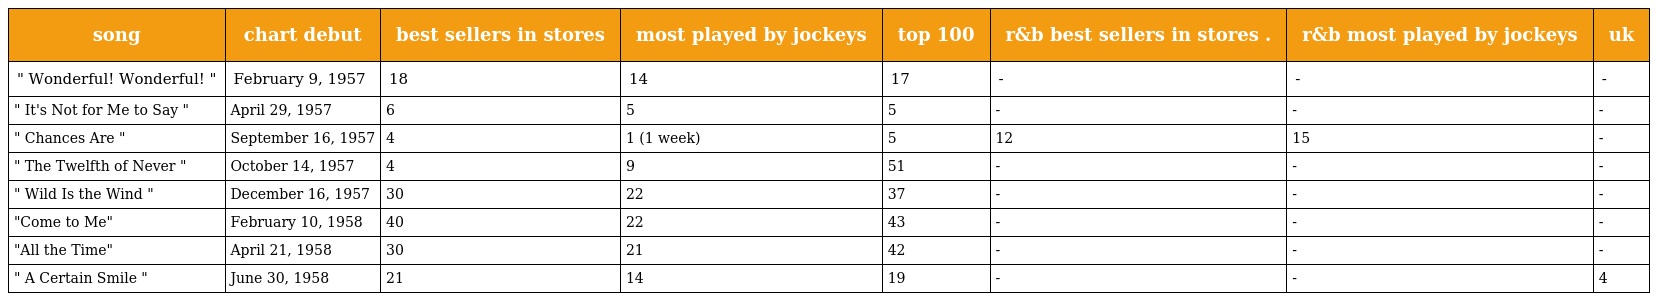
| song | chart debut | best sellers in stores | most played by jockeys | top 100 | r&b best sellers in stores . | r&b most played by jockeys | uk |
 | --- | --- | --- | --- | --- | --- | --- | --- |
 | " Wonderful! Wonderful! " | February 9, 1957 | 18 | 14 | 17 | - | - | - |
 | " It's Not for Me to Say " | April 29, 1957 | 6 | 5 | 5 | - | - | - |
 | " Chances Are " | September 16, 1957 | 4 | 1 (1 week) | 5 | 12 | 15 | - |
 | " The Twelfth of Never " | October 14, 1957 | 4 | 9 | 51 | - | - | - |
 | " Wild Is the Wind " | December 16, 1957 | 30 | 22 | 37 | - | - | - |
 | "Come to Me" | February 10, 1958 | 40 | 22 | 43 | - | - | - |
 | "All the Time" | April 21, 1958 | 30 | 21 | 42 | - | - | - |
 | " A Certain Smile " | June 30, 1958 | 21 | 14 | 19 | - | - | 4 |